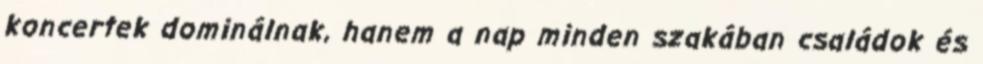
koncertek dominálnak, hanem a nap minden szakában családok és